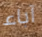
آباء